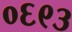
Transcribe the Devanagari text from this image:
०६९३